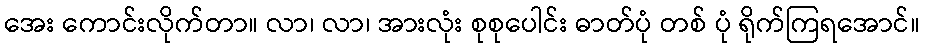
အေး ကောင်းလိုက်တာ။ လာ၊ လာ၊ အားလုံး စုစုပေါင်း ဓာတ်ပုံ တစ် ပုံ ရိုက်ကြရအောင်။